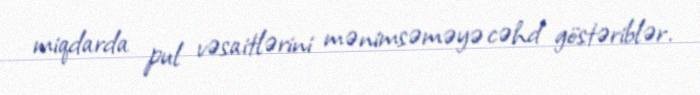
miqdarda pul vəsaitlərini mənimsəməyə cəhd göstəriblər.